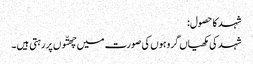
شہد کا حصول:
شہد کی مکھیاں گروہوں کی صورت میں چھتّوں پر رہتی ہیں ۔